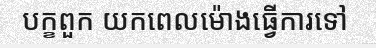
បក្ខពួក យកពេលម៉ោងធ្វើការទៅ